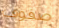
صفوف